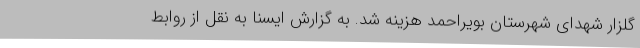
گلزار شهدای شهرستان‌ بویراحمد هزینه شد. به گزارش ایسنا به نقل از روابط